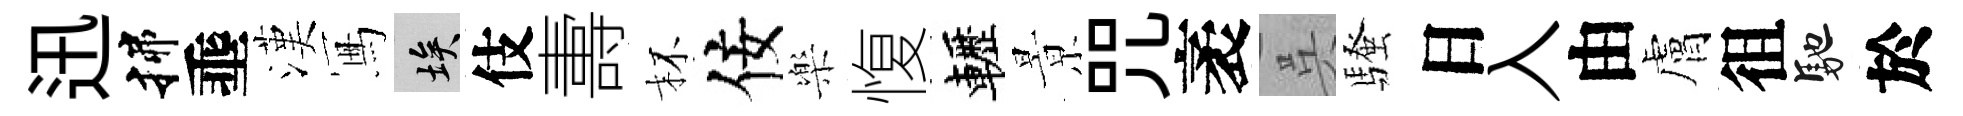
迅揲埀漢冩埃伎夀杯佞樂愎轣㬌咒袤呉騷日入由膚徂馳於